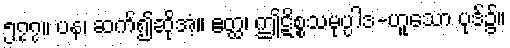
၅၇၇။ ပန၊ ဆက်၍ဆိုအံ့။ ဧတ္ထ၊ ဤဋိစ္စသမုပ္ပါဒ-ဟူသော ပုဒ်၌။